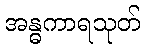
အန္ဓကာရသုတ်